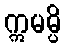
ဣမမ္ပိ